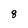
Character: 8